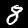
Digit: 8